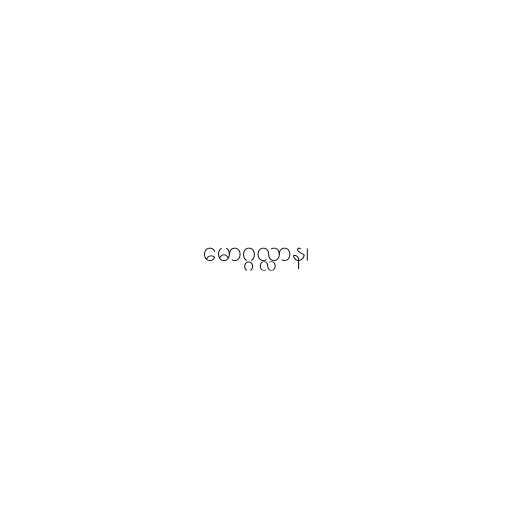
မောဂ္ဂလ္လာန၊